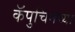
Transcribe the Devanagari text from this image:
कॅपुचिनच्या